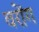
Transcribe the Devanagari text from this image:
वरोंग